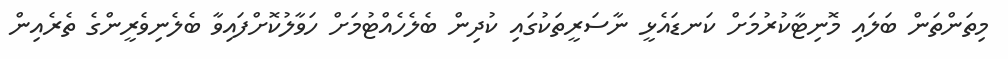
މިތަންތަން ބަލައި މޮނިޓާކުރުމަށް ކަނޑައެޅީ ނާސަރީތަކުގައި ކުދިން ބެލެހެއްޓުމަށް ހަވާލުކޮށްފައިވާ ބެލެނިވެރީންގެ ތެރެއިން